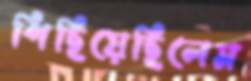
পিছিয়েছিলেম